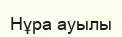
Нұра ауылы